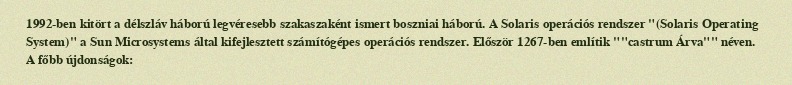
1992-ben kitört a délszláv háború legvéresebb szakaszaként ismert boszniai háború. A Solaris operációs rendszer "(Solaris Operating System)" a Sun Microsystems által kifejlesztett számítógépes operációs rendszer. Először 1267-ben említik ""castrum Árva"" néven. A főbb újdonságok: